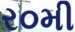
ર૦મી